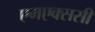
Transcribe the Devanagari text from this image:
एमएक्ससी